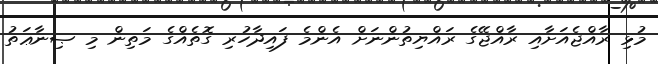
މުޅި ރާއްޖެއަށާއި ރާއްޖޭގެ ރައްޔިތުންނަށް އެންމެ ފައިދާހުރި ގޮތެއްގެ މަތިން މި ޞިނާޢަތު